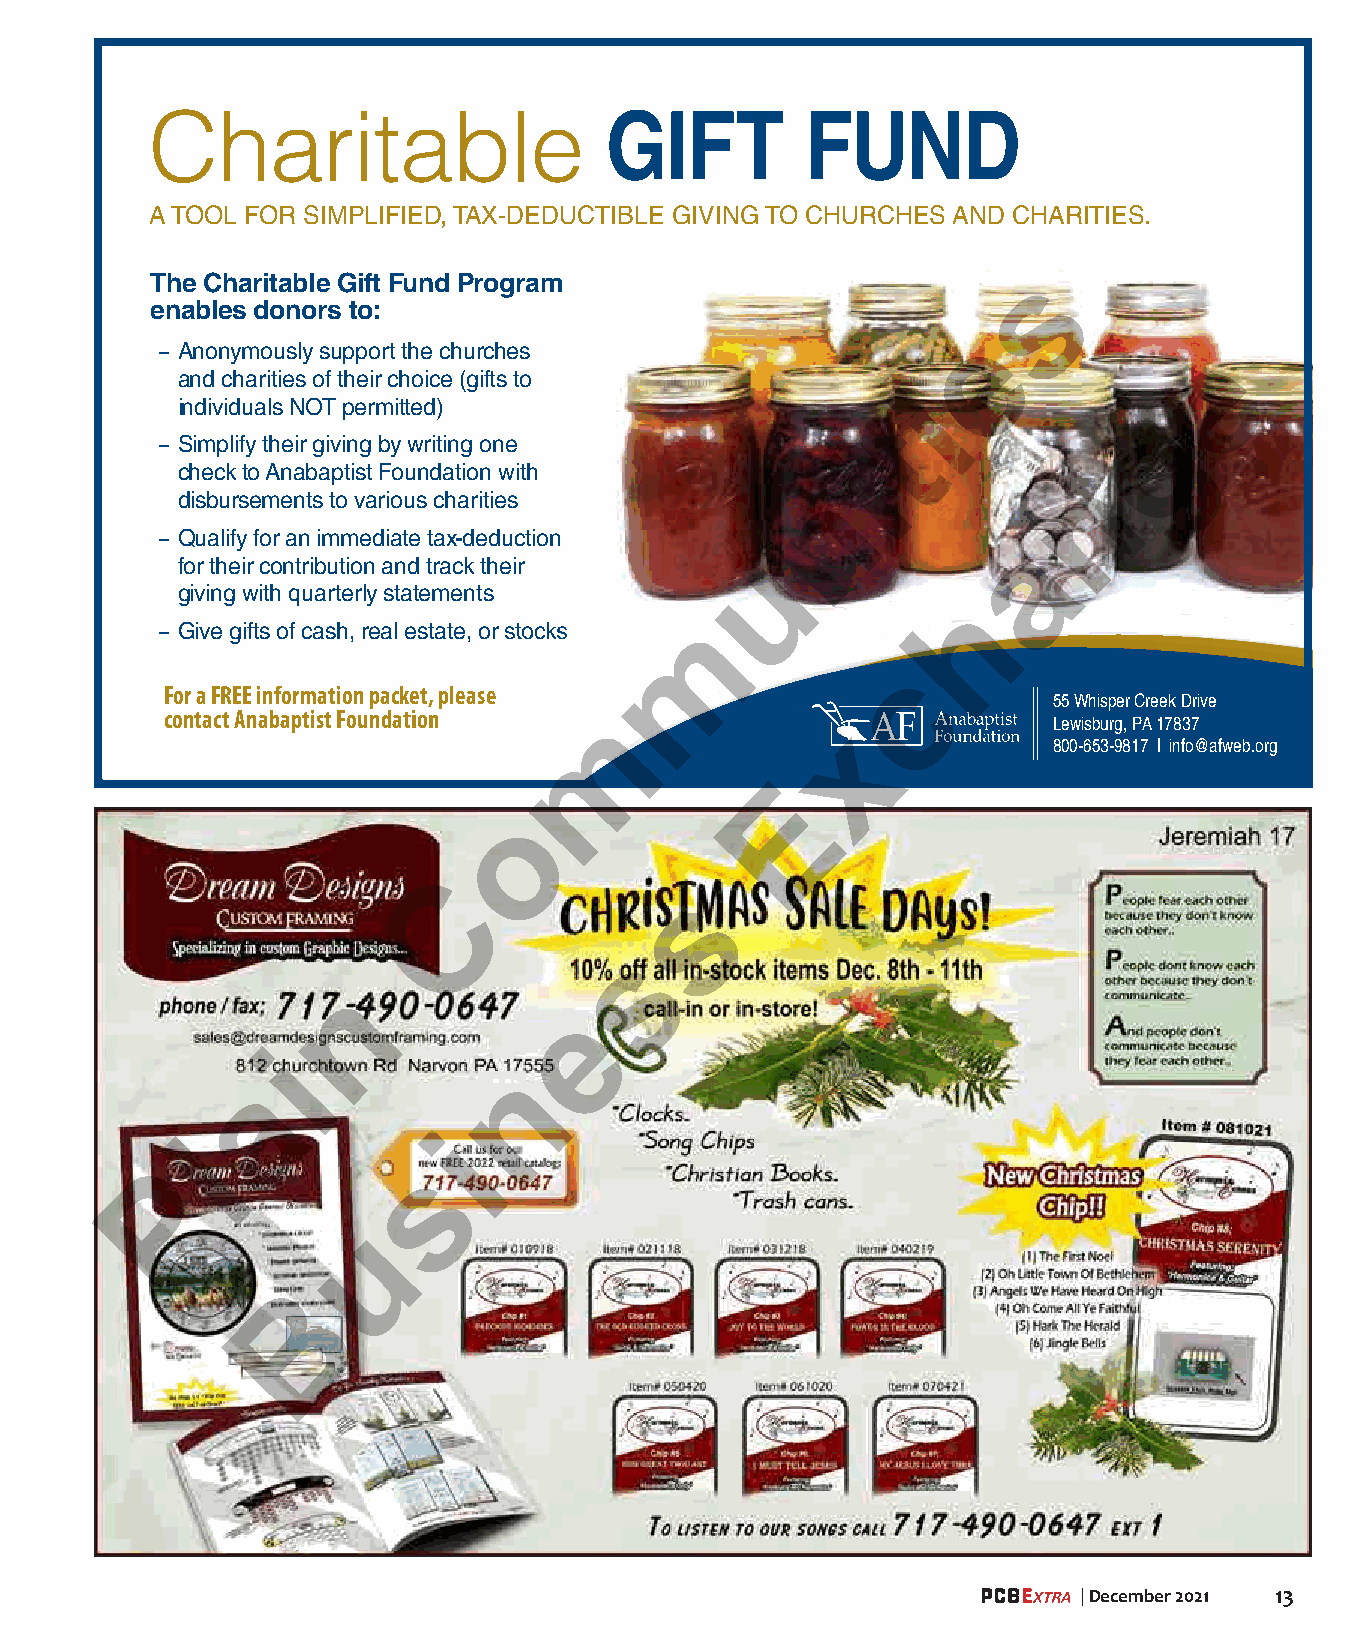
8.125 x 5 Charitable Gift Fund Informational
 Charitable                    GIFT         FUND
 A TOOL FOR SIMPLIFIED, TAX-DEDUCTIBLE GIVING TO CHURCHES AND CHARITIES.
 The Charitable Gift Fund Program                          s
 enables donors to:
 e
 – Anonymously support the churches                                    e
 and charities of their choice (gifts to
 i
 individuals NOT permitted)
 g
 t
 – Simplify their giving by writing one
 i
 check to Anabaptist Foundation with
 n
 disbursements to various charities         n
 – Qualify for an immediate tax-deduction
 a
 for their contribution and track their u
 giving with quarterly statements
 h
 – GGGGiiiivvvveeee ggggiiiiffffttttssss ooooffff ccccaaaasssshhhh,,,, rrrreeeeaaaallll eeeessssttttaaaatttteeee,,,, oooorrrr ssssttttoooocccckkkkssss m
 c
 FFoorr aa FFRREEEE iinnffoorrmmaattiioonn ppaacckkeett,, pplleeaassee
 55 Whisper Creek Drive
 contact Anabaptist Foundation m                            Lewisburg, PA 17837
 x
 800-653-9817 | info@afweb.org
 E
 o
 C
 s
 s
 n
 e
 i
 n
 a
 i
 l
 s
 P
 u
 B
 | December 2021 13